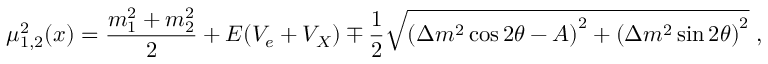
{ \mu _ { 1 , 2 } ^ { 2 } } ( x ) = \frac { m _ { 1 } ^ { 2 } + m _ { 2 } ^ { 2 } } { 2 } + E ( { V _ { e } + V _ { X } } ) \mp \frac { 1 } { 2 } \sqrt { \left( { \Delta m ^ { 2 } \cos 2 \theta } - A \right) ^ { 2 } + \left( { \Delta m ^ { 2 } \sin 2 \theta } \right) ^ { 2 } } \; ,